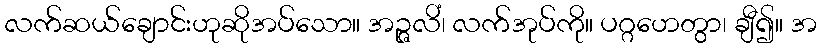
လက်ဆယ်ချောင်းဟုဆိုအပ်သော။ အဉ္ဇလိံ၊ လက်အုပ်ကို။ ပဂ္ဂဟေတွာ၊ ချီ၍။ အ